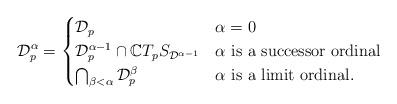
LaTeX: \begin{align*}\mathcal{D}_p^{\alpha} = \begin{cases}\mathcal{D}_p & \alpha = 0\\\mathcal{D}_p^{\alpha - 1} \cap \mathbb{C}T_pS_{\mathcal{D}^{\alpha - 1}} & \alpha \hbox{ is a successor ordinal}\\\bigcap_{\beta < \alpha}\mathcal{D}_p^{\beta} & \alpha \hbox{ is a limit ordinal.}\end{cases}\end{align*}